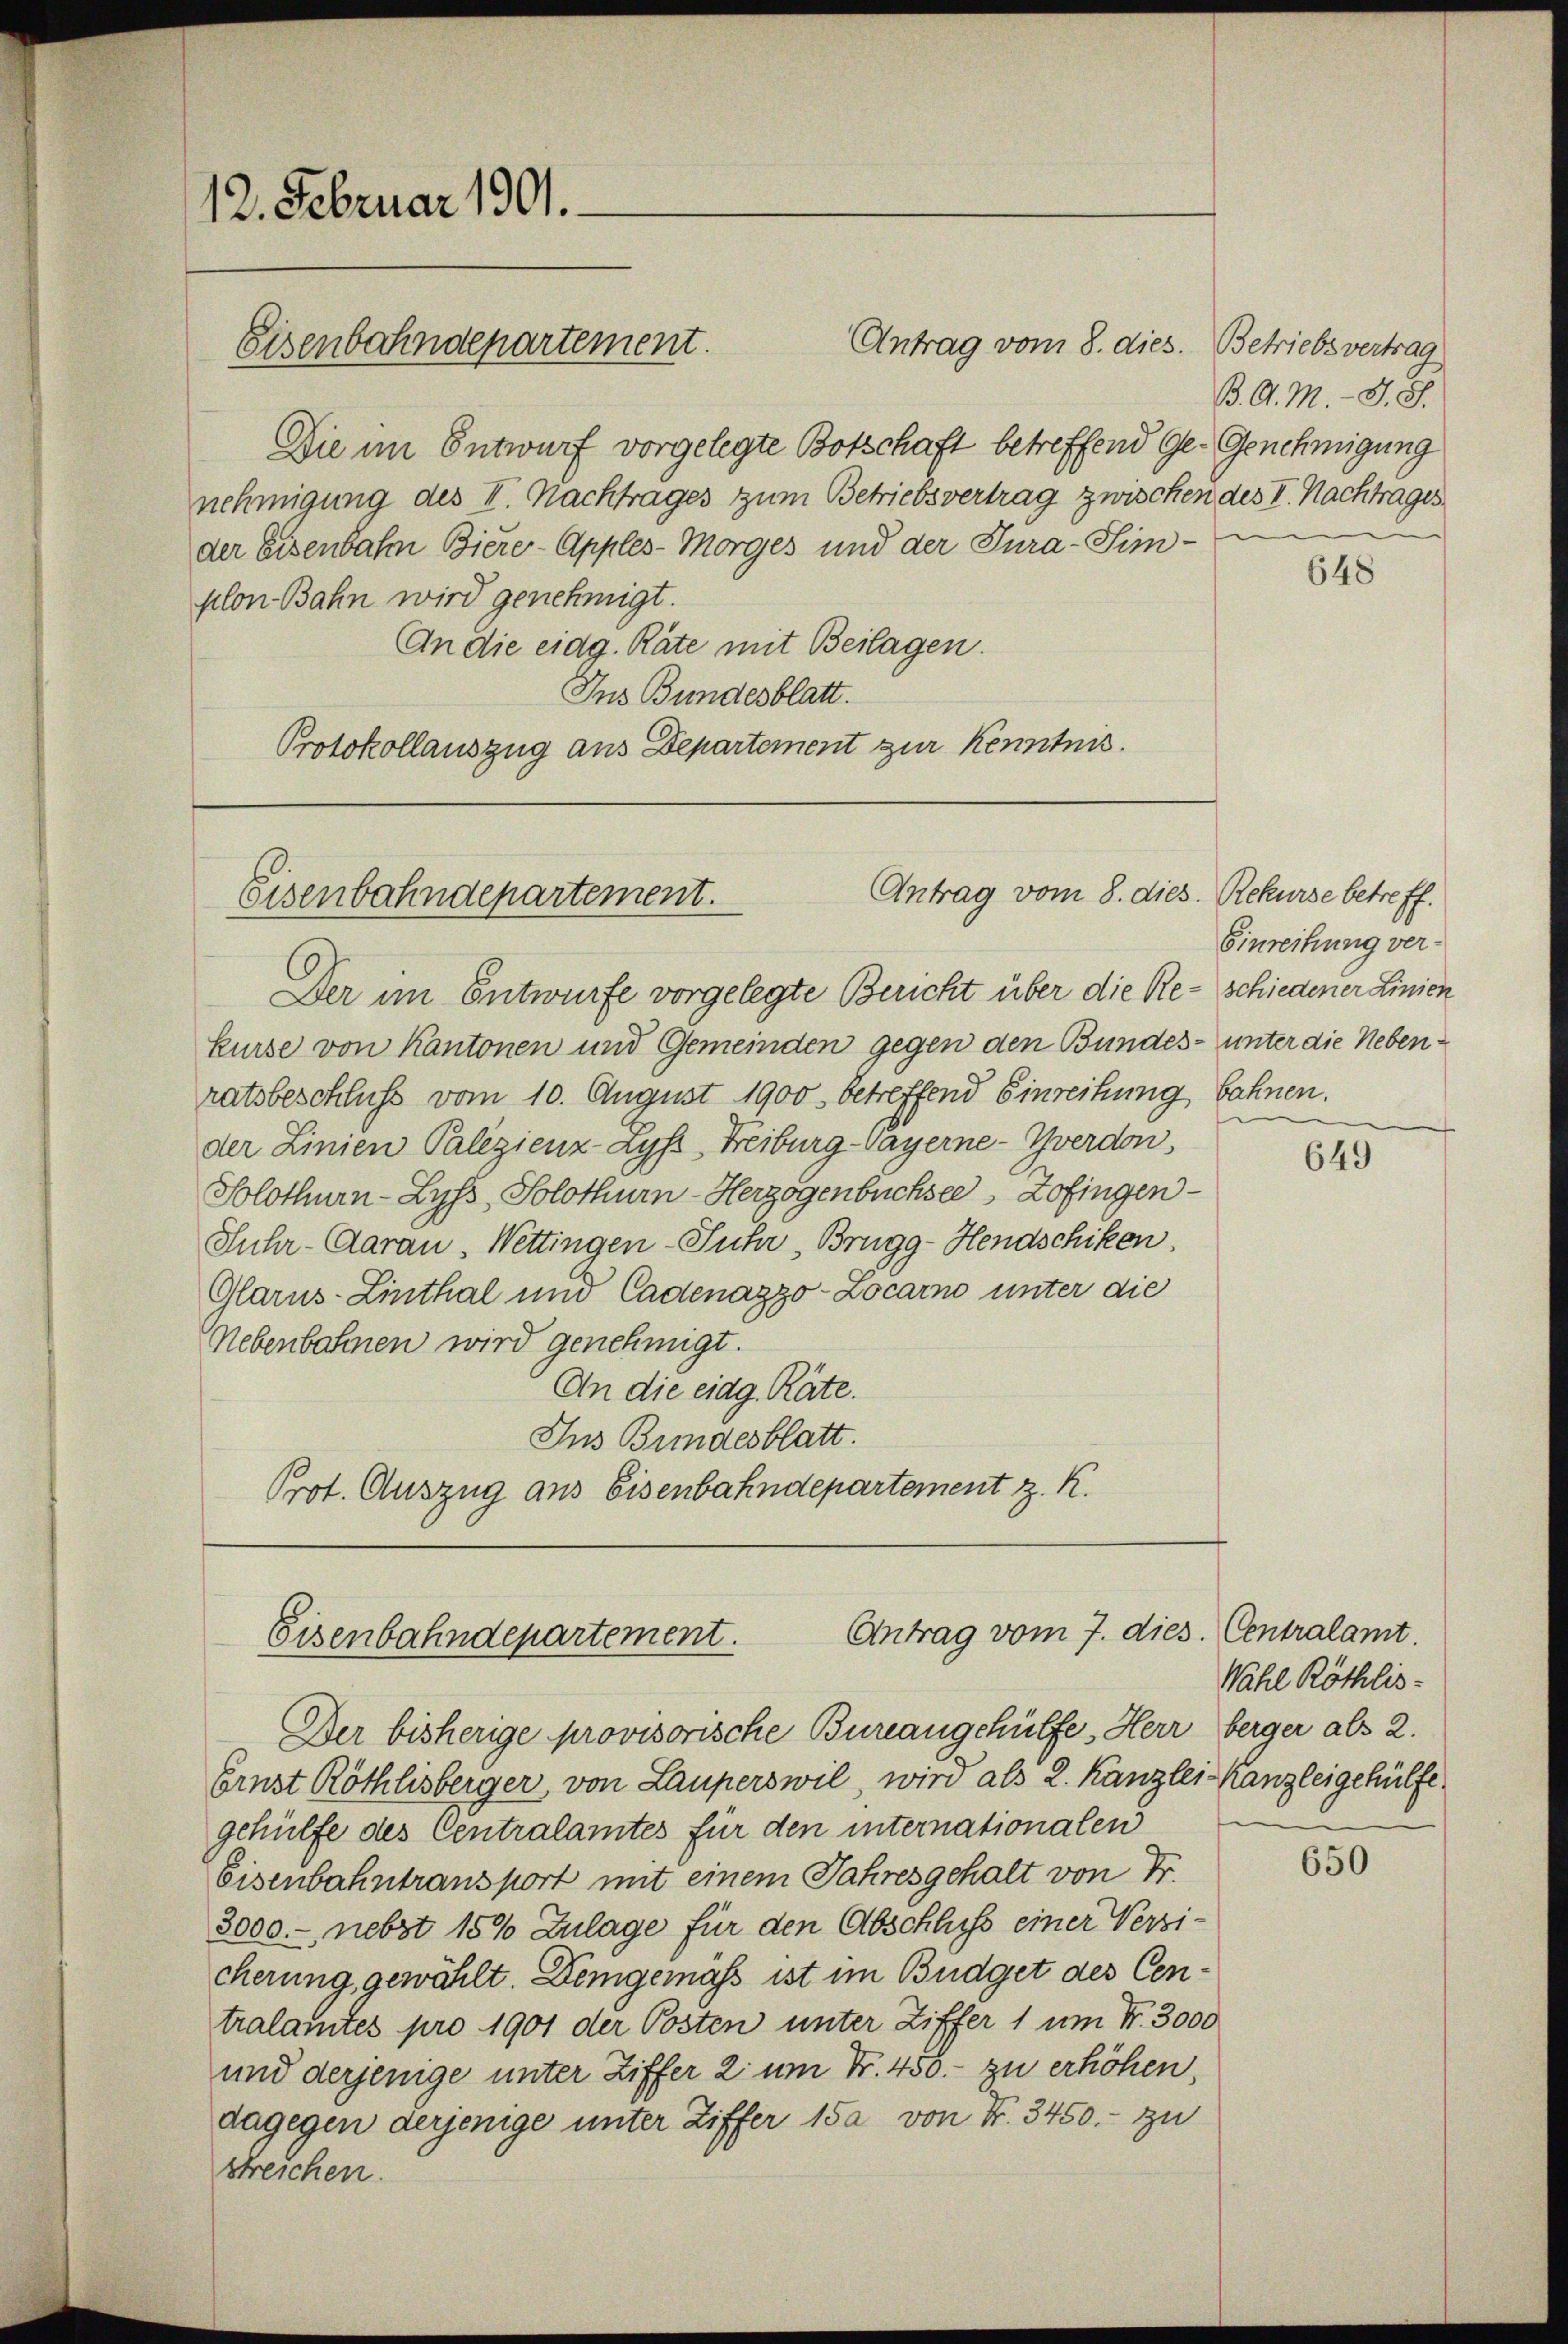
12. Februar 1901.
Eisenbahndepartement.

Die im Entwurf vorgelegte Botschaft betreffend Ge- Genehmigung
nehmigung des II. Nachtrages zum Betriebsvertrag zwischen des V. Nachtrages
der Eisenbahn Biere-Apples-Morges und der Jura-Simplon Bahn wird genehmigt.
An die eidg. Räte mit Beilagen.
Ins Bundesblatt.
Protokollauszug aus Departement zur Kenntnis.

Der im Entwurfe vorgelegte Bericht über die Re- schiedener Linien
kurse von Kantonen und Gemeinden gegen den Bundes- unter die Nebenratsbeschluss vom 10. August 1900 betreffend Einreihung bahnen.
der Linien Palezienz-Zyf-Freiburg-Vayerne-Yverdon,
Solothurn - Lyss, Solothurn-Herzogenbüchsee, Zofingen¬
Juhr-Aarau, Wettingen-Juhr, Brugg-Hendschiken,
Glarus-Linthal und Cadenazzo-Locarno unter die
Nebenbahnen wird genehmigt.
An die eidg. Räte.
Ins Bundesblatt.
Prot. Auszug aus Eisenbahndepartement z. K.

Antrag vom 8. dies. Betriebs vertrag

Antrag vom 8. dies. Rekurse betreff.
Eisenbahndepartement.

Antrag vom 7. dies. Centralamt.
Eisenbahndepartement.

B. A. M. D. S.

Der bisherige provisorische Bureangehülfe, Herr berger als 2.
Ernst Röthlisberger, von Lauperswil wird als 2. Kanzlei Kanzleigehülfe
gehülfe des Centralamtes für den internationalen
Eisenbahntransport mit einem Jahresgehalt von Fr.
3000.-, nebst 15% Zulage für den Abschluss einer Versicherung, gewählt. Demgemäß ist im Büdget des Centralamtes pro 1901 der Posten unter Ziffer 1 um Nr. 3000
und derjenige unter Ziffer 2 um Nr. 450.- zu erhöhen,
dagegen derjenige unter Ziffer 15 a von Nr. 3450.- zu
streichen.

648

Einreihung ver-

649

Wahl Röthlis-

650